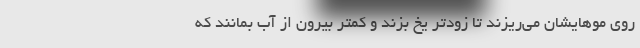
روی موهایشان می‌ریزند تا زودتر یخ بزند و کمتر بیرون از آب بمانند که